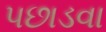
પછાડવા